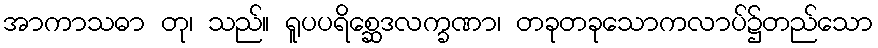
အာကာသဓာ တု၊ သည်။ ရူပပရိစ္ဆေဒလက္ခဏာ၊ တခုတခုသောကလာပ်၌တည်သော